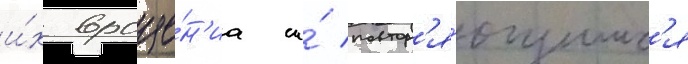
и́х враще́н'иа и́ повтор'я́ющимс'я